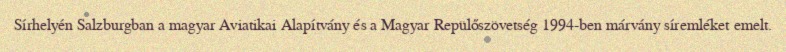
Sírhelyén Salzburgban a magyar Aviatikai Alapítvány és a Magyar Repülőszövetség 1994-ben márvány síremléket emelt.